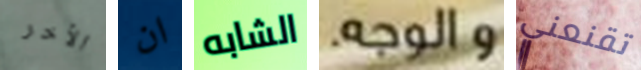
الأخر ان الشابه والوجه. تقنعني